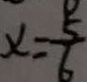
x = \frac { 5 } { 6 }